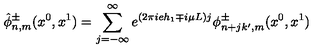
\hat { \phi } _ { n , m } ^ { \pm } ( x ^ { 0 } , x ^ { 1 } ) = \sum _ { j = - \infty } ^ { \infty } e ^ { ( 2 \pi i e h _ { 1 } \mp i \mu L ) j } \phi _ { n + j k ^ { \prime } , m } ^ { \pm } ( x ^ { 0 } , x ^ { 1 } )